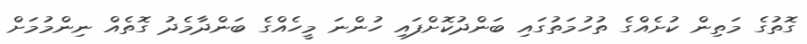
ގޮތުގެ މަތިން ކުށެއްގެ ތުހުމަތުގައި ބަންދުކޮށްފައި ހުންނަ މީހެއްގެ ބަންދާމެދު ގޮތެއް ނިންމުމަށް